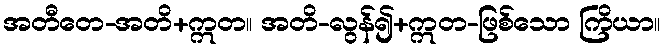
အတီတေ-အတိ+ဣတ။ အတိ-လွန်၍+ဣတ-ဖြစ်သော ကြိယာ။